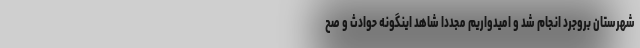
شهرستان بروجرد انجام شد و امیدواریم مجددا شاهد اینگونه حوادث و صح